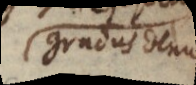
gradus denuo